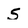
Character: 5